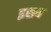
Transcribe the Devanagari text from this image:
इसब